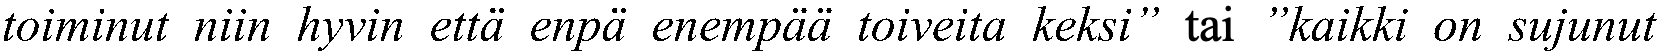
toiminut niin hyvin että enpä enempää toiveita keksi” tai ”kaikki on sujunut